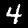
Label: 4